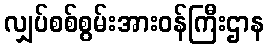
လျှပ်စစ်စွမ်းအားဝန်ကြီးဌာန